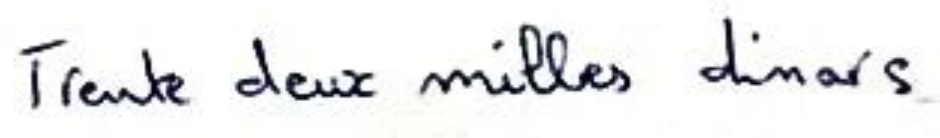
Trente deux milles dinars